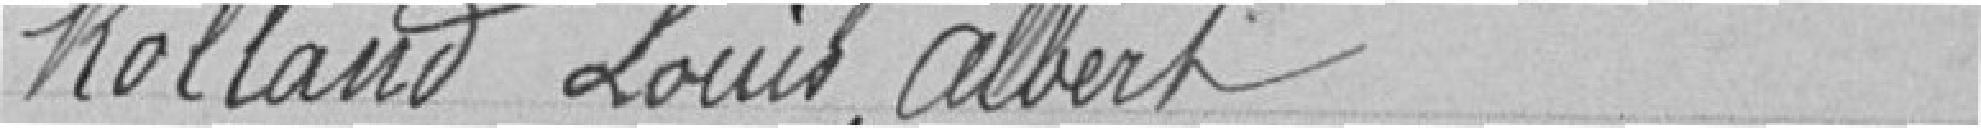
ROLLAND Louis Albert